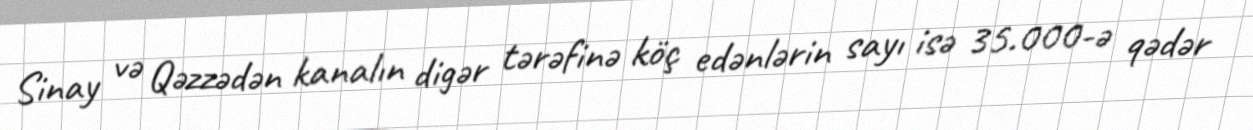
Sinay və Qəzzədən kanalın digər tərəfinə köç edənlərin sayı isə 35.000-ə qədər